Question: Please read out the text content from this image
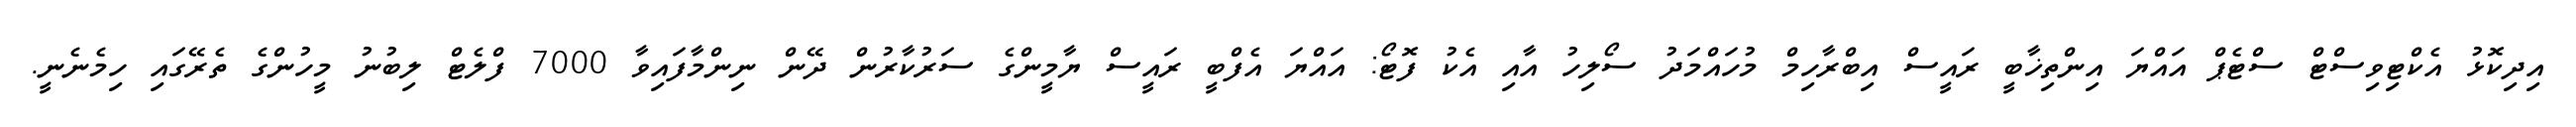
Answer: އިދިކޮޅު އެކްޓިވިސްޓް ސްޓެޕް އައްޔަ އިންތިޚާބީ ރައީސް އިބްރާހިމް މުހައްމަދު ސޯލިހު އާއި އެކު ފޮޓޯ: އައްޔަ އެފްބީ ރައީސް ޔާމީންގެ ސަރުކާރުން ދޭން ނިންމާފައިވާ 7000 ފްލެޓް ލިބުނު މީހުންގެ ތެރޭގައި ހިމެނެނީ.